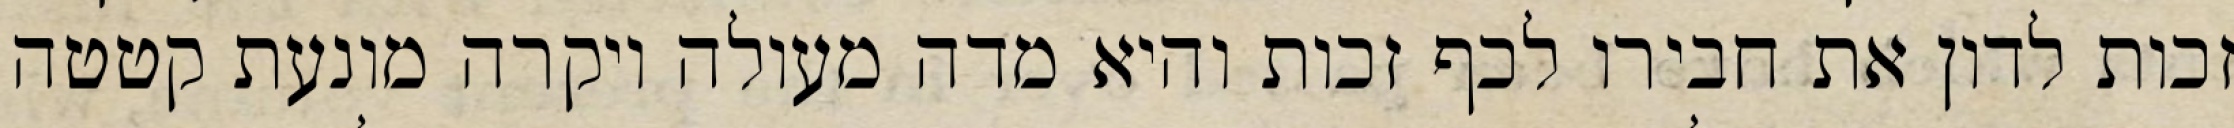
זכות לדון את חבירו לכף זכות והיא מדה מעולה ויקרה מונעת קטטה